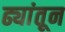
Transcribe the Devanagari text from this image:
ढ्यांतून